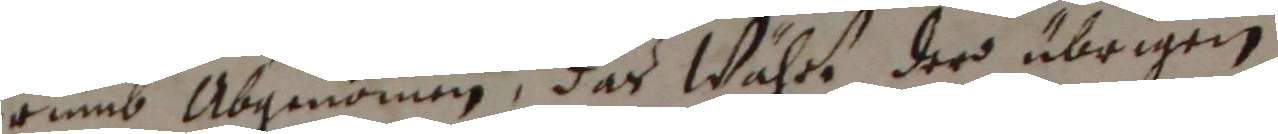
erumb abgenommen, das währt dero übrigen